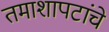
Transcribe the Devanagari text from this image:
तमाशापटांचे